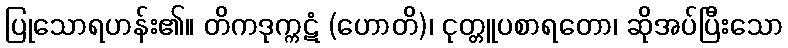
ပြုသောရဟန်း၏။ တိကဒုက္ကဋံ (ဟောတိ)၊ ငုတ္တူပစာရတော၊ ဆိုအပ်ပြီးသော